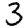
Digit: 3